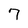
Character: 7